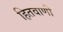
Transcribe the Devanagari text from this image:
हितवाणी